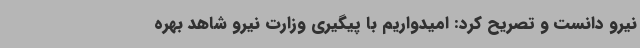
نیرو دانست و تصریح کرد: امیدواریم با پیگیری وزارت نیرو شاهد بهره